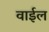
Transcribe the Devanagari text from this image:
वाईल